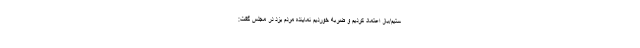
ستیم/باز اعتماد کردیم و ضربه خوردیم نماینده مردم یزد در مجلس گفت: